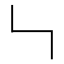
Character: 𠃑